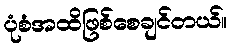
ပုံစံအထိဖြစ်စေချင်တယ်။